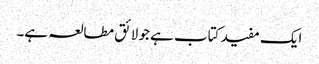
ایک مفید کتاب ہے جو لائق مطالعہ ہے۔